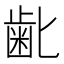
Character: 𮮾